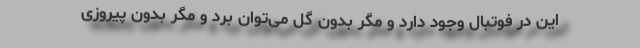
این در فوتبال وجود دارد و مگر بدون گل می‌توان بُرد و مگر بدون پیروزی